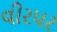
વીરપર